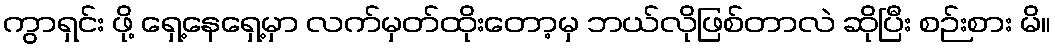
ကွာရှင်း ဖို့ ရှေ့နေရှေ့မှာ လက်မှတ်ထိုးတော့မှ ဘယ်လိုဖြစ်တာလဲ ဆိုပြီး စဉ်းစား မိ။